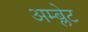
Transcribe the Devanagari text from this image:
अम्ब्लेट